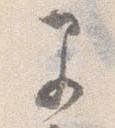
早